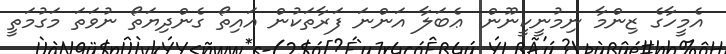
އެމީހާގެ ޒިންމާ ނިމުނީކީނޫން. ޢެބަލާ އަންނަ ފަރާތަކުން އައިތޯ ގެންދިޔަތޯ ނުވަތަ މަގުމަތީ